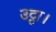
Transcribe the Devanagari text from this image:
उट्ठा।